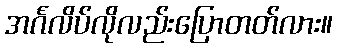
အင်္ဂလိပ်လိုလည်းပြောတတ်လား။